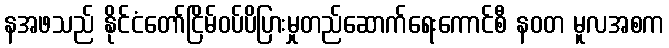
နအဖသည် နိုင်ငံတော်ငြိမ်ဝပ်ပိပြားမှုတည်ဆောက်ရေးကောင်စီ နဝတ မူလအစက